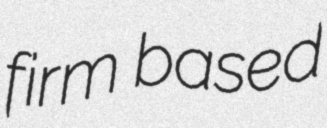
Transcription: firm based